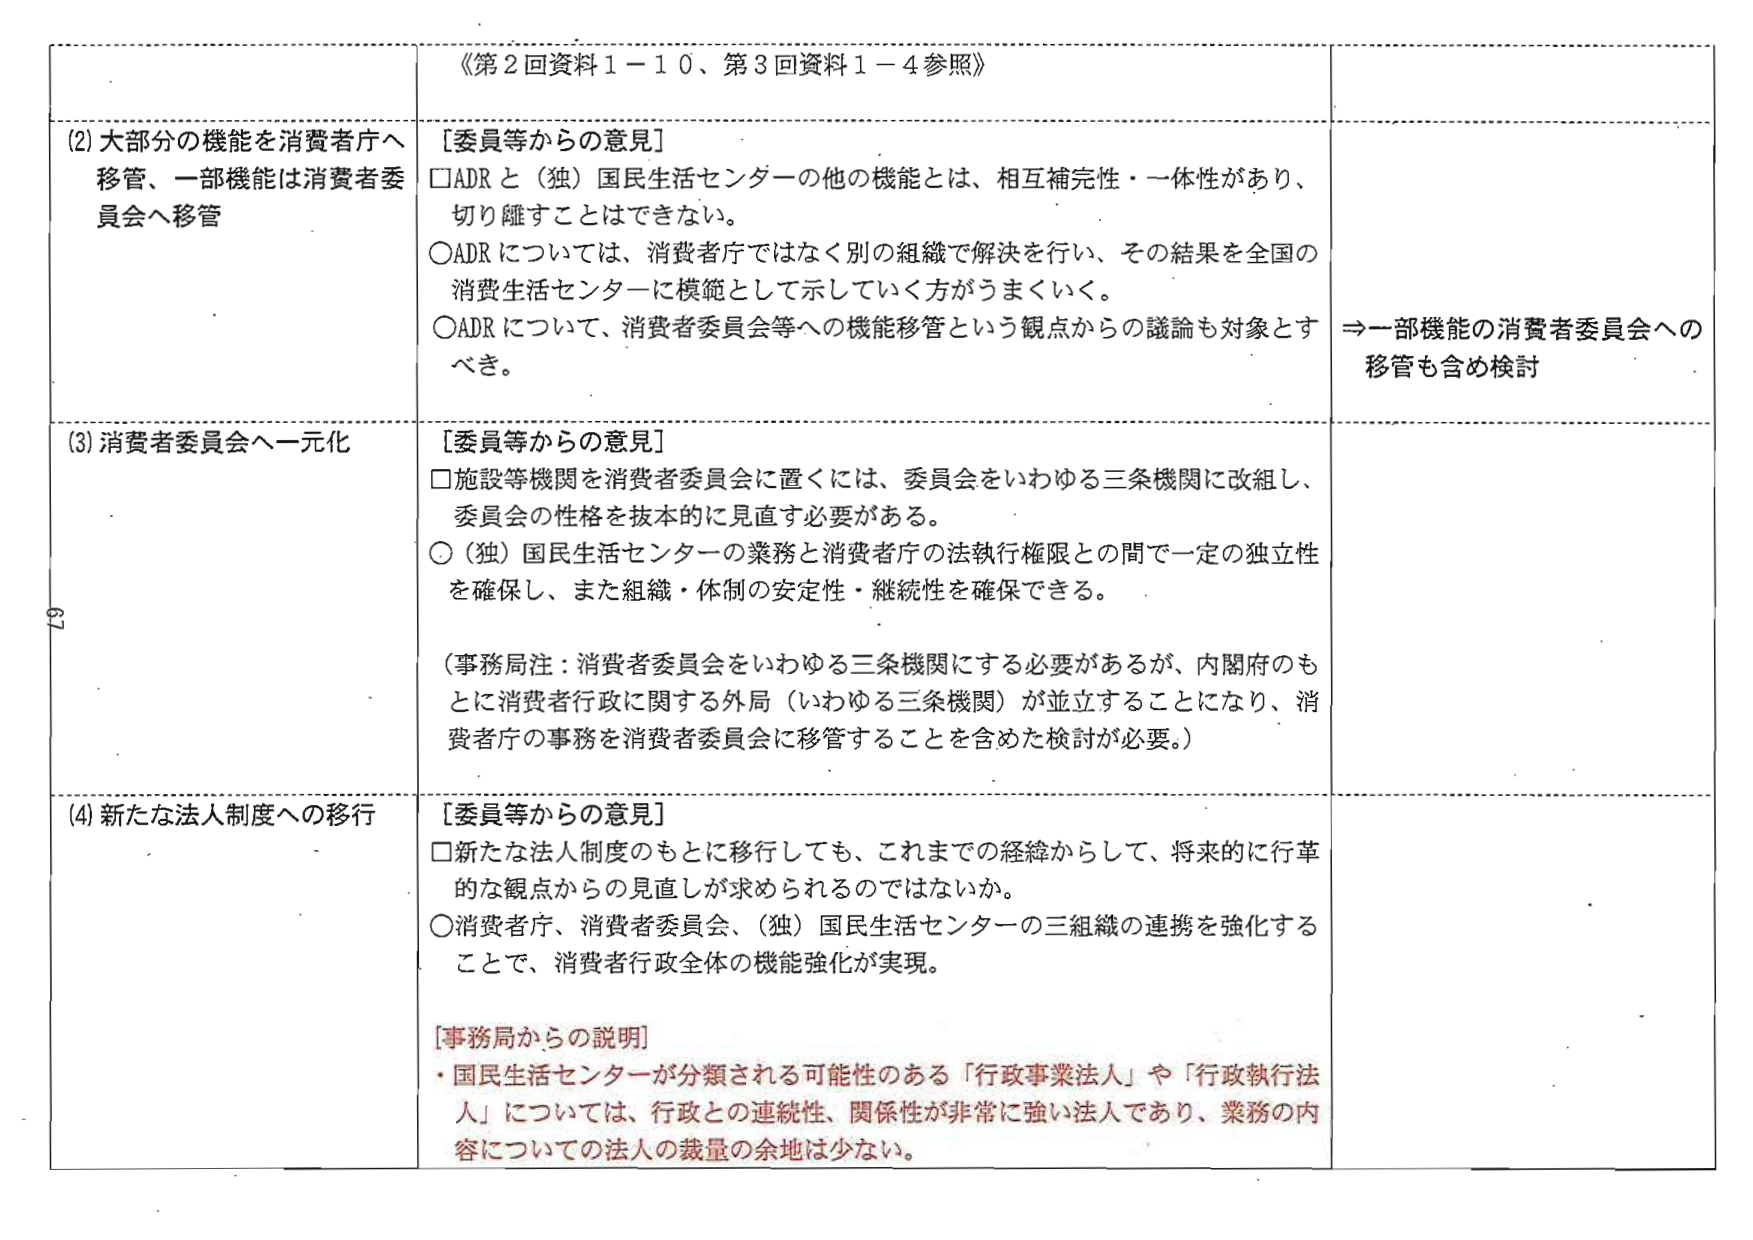
《第2回資料1－10、第3回資料1－4参照》

(2) 大部分の機能を消費者庁へ移管、一部機能は消費者委員会へ移管

[委員等からの意見]
□ADRと（独）国民生活センターの他の機能とは、相互補完性・一体性があり、切り離すことはできない。
○ADRについては、消費者庁ではなく別の組織で解決を行い、その結果を全国の消費生活センターに模範として示していく方がうまくいく。
○ADRについて、消費者委員会等への機能移管という観点からの議論も対象とするべき。

⇒一部機能の消費者委員会への移管も含め検討

(3) 消費者委員会へ一元化

[委員等からの意見]
□施設等機関を消費者委員会に置くには、委員会をいわゆる三条機関に改組し、委員会の性格を抜本的に見直す必要がある。
○（独）国民生活センターの業務と消費者庁の法執行権限との間で一定の独立性を確保し、また組織・体制の安定性・継続性を確保できる。

（事務局注：消費者委員会をいわゆる三条機関にする必要があるが、内閣府のもとに消費者行政に関する外局（いわゆる三条機関）が並立することになり、消費者庁の事務を消費者委員会に移管することを含めた検討が必要。）

(4) 新たな法人制度への移行

[委員等からの意見]
□新たな法人制度のもとに移行しても、これまでの経緯からして、将来的に行革的な観点からの見直しが求められるのではないか。
○消費者庁、消費者委員会、（独）国民生活センターの三組織の連携を強化することで、消費者行政全体の機能強化が実現。

[事務局からの説明]
・国民生活センターが分類される可能性のある「行政事業法人」や「行政執行法人」については、行政との連続性、関係性が非常に強い法人であり、業務の内容についての法人の裁量の余地は少ない。